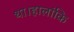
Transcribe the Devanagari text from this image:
था।हालांकि